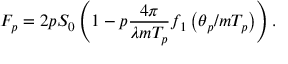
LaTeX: F _ { p } = 2 p S _ { 0 } \left( 1 - p \frac { 4 \pi } { \lambda m T _ { p } } f _ { 1 } \left( \theta _ { p } / m T _ { p } \right) \right) .